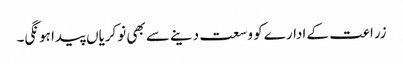
زراعت کے ادارے کو وسعت دینے سے بھی نوکریاں پیدا ہونگی۔